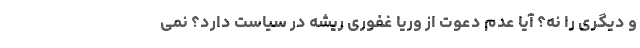
و دیگری را نه؟ آیا عدم دعوت از وریا غفوری ریشه در سیاست دارد؟ نمی